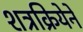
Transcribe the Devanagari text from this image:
शत्रक्रियेने